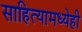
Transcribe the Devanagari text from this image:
साहित्यामध्येही